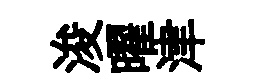
浚曜津